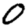
Digit: 0